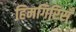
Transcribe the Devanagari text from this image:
हिमगिरिसँ